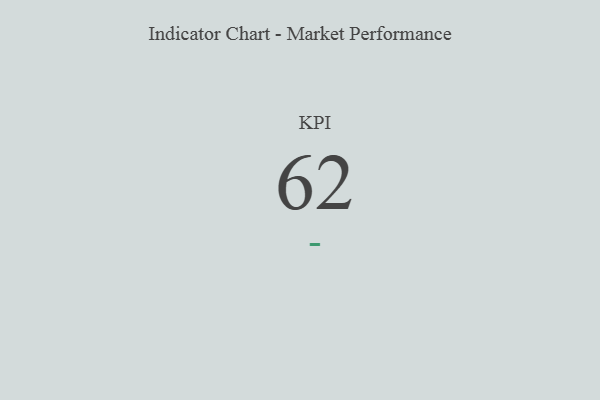
{"axis": {"x": "KPI", "y": "Value"}, "legend": [""], "data": [{"x": "KPI", "y": 62, "type": ""}]}